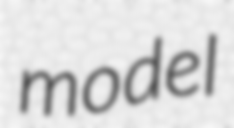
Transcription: model